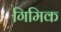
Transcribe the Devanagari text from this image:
गिमिक